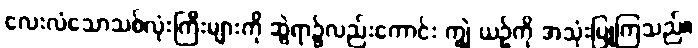
လေးလံသောသစ်လုံးကြီးများကို ဆွဲရာ၌လည်းကောင်း ကျွဲ ယဉ်ကို အသုံးပြုကြသည်။